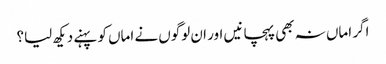
اگر اماں نہ بھی پہچانیں اور ان لوگوں نے اماں کو پہنے دیکھ لیا؟